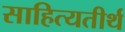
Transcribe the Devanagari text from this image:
साहित्यतीर्थ